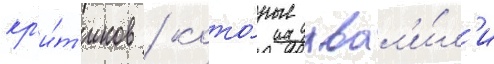
кр'и́т'иков / кото́рые хвал'и́л'и